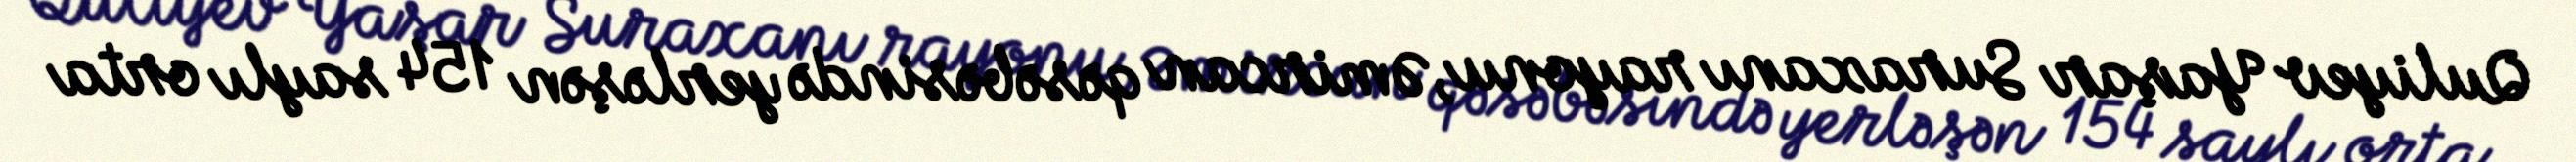
Quliyev Yaşar Suraxanı rayonu, Əmircan qəsəbəsində yerləşən 154 saylı orta